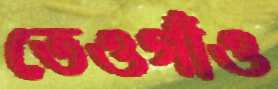
তেওগাঁও